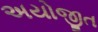
અયોજીત